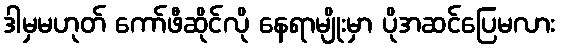
ဒါမှမဟုတ် ကော်ဖီဆိုင်လို နေရာမျိုးမှာ ပိုအဆင်ပြေမလား